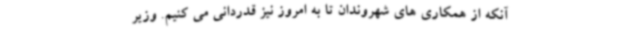
آنکه از همکاری های شهروندان تا به امروز نیز قدردانی می کنیم. وزیر